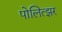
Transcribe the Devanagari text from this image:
पोलित्झर